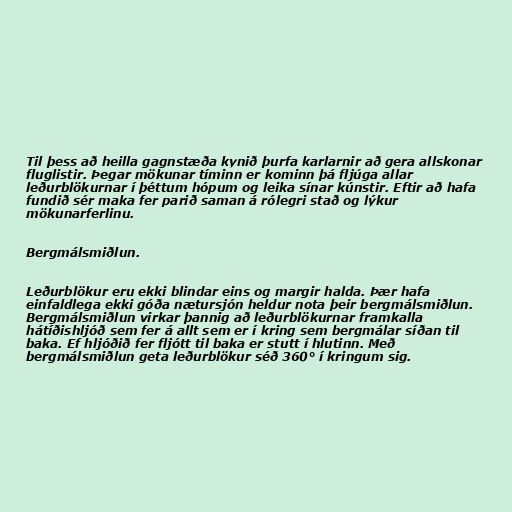
Til þess að heilla gagnstæða kynið þurfa karlarnir að gera allskonar
fluglistir. Þegar mökunar tíminn er kominn þá fljúga allar
leðurblökurnar í þéttum hópum og leika sínar kúnstir. Eftir að hafa
fundið sér maka fer parið saman á rólegri stað og lýkur
mökunarferlinu.

Bergmálsmiðlun.

Leðurblökur eru ekki blindar eins og margir halda. Þær hafa
einfaldlega ekki góða nætursjón heldur nota þeir bergmálsmiðlun.
Bergmálsmiðlun virkar þannig að leðurblökurnar framkalla
hátíðishljóð sem fer á allt sem er í kring sem bergmálar síðan til
baka. Ef hljóðið fer fljótt til baka er stutt í hlutinn. Með
bergmálsmiðlun geta leðurblökur séð 360° í kringum sig.